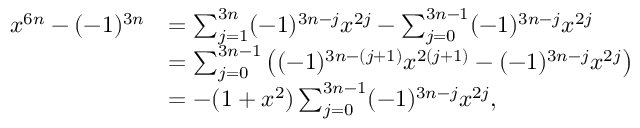
{ \begin{array} { r l } { x ^ { 6 n } - ( - 1 ) ^ { 3 n } } & { = \sum _ { j = 1 } ^ { 3 n } ( - 1 ) ^ { 3 n - j } x ^ { 2 j } - \sum _ { j = 0 } ^ { 3 n - 1 } ( - 1 ) ^ { 3 n - j } x ^ { 2 j } } \\ & { = \sum _ { j = 0 } ^ { 3 n - 1 } \left( ( - 1 ) ^ { 3 n - ( j + 1 ) } x ^ { 2 ( j + 1 ) } - ( - 1 ) ^ { 3 n - j } x ^ { 2 j } \right) } \\ & { = - ( 1 + x ^ { 2 } ) \sum _ { j = 0 } ^ { 3 n - 1 } ( - 1 ) ^ { 3 n - j } x ^ { 2 j } , } \end{array} }